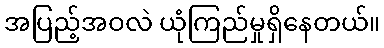
အပြည့်အဝလဲ ယုံကြည်မှုရှိနေတယ်။